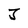
Character: J